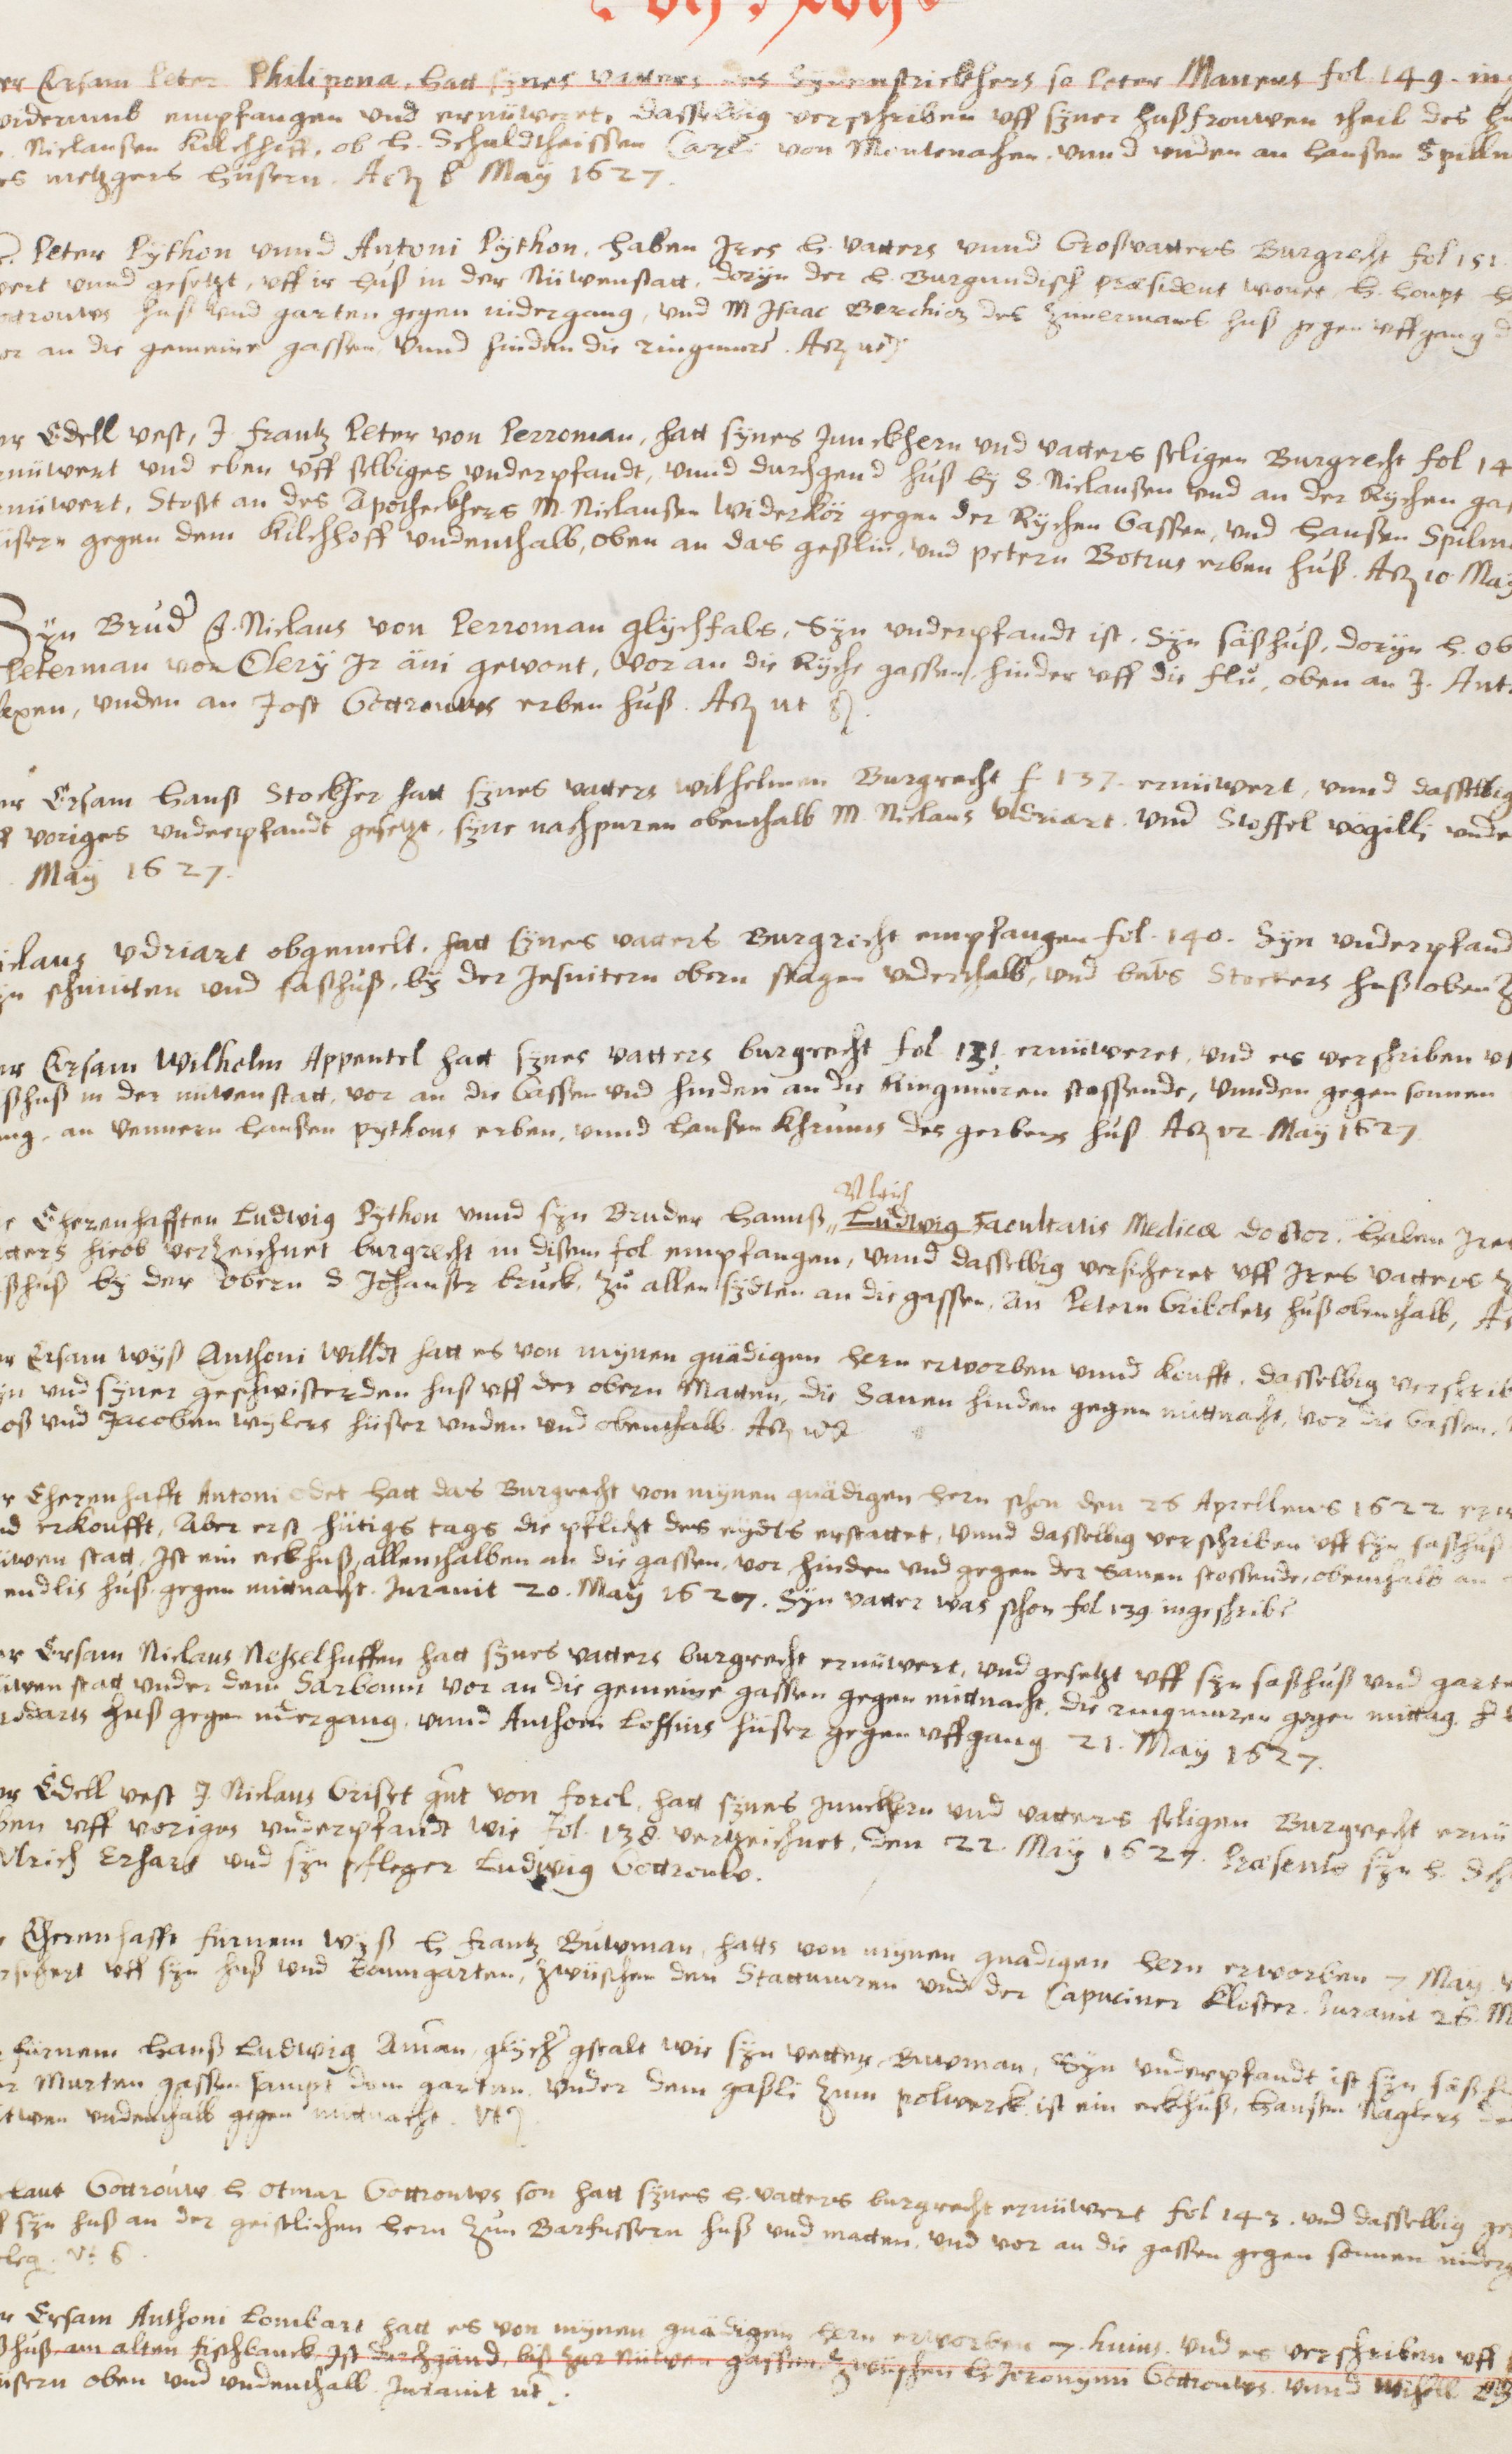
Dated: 1416–1769